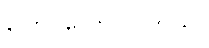
ပြောင်လှောင်ပါတယ်။